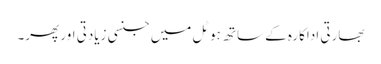
بھارتی اداکارہ کے ساتھ ہوٹل میں جنسی زیادتی اور پھر۔